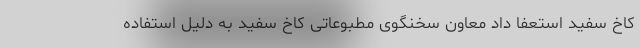
کاخ سفید استعفا داد معاون سخنگوی مطبوعاتی کاخ سفید به دلیل استفاده